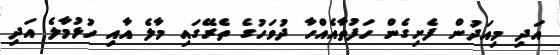
އަދި މިއަދުން ފެށިގެން ހަފުތާއެއްހާ ދުވަހުގެ ތެރޭގައި މާލެ އާއި ހުޅުމާލެ އަދި